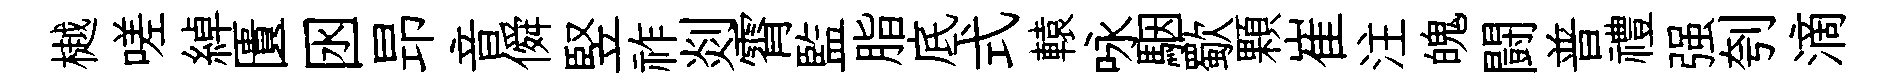
樾嗟綽匱囦昻音僢竪祚剡霄監脂底式轅咏駰歜顆崔注魄闘普禮强刳滴